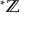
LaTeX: ^ { * } \mathbb { Z }